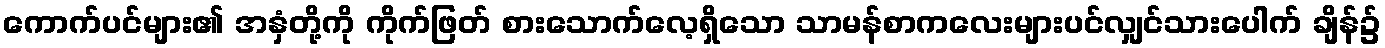
ကောက်ပင်များ၏ အနှံတို့ကို ကိုက်ဖြတ် စားသောက်လေ့ရှိသော သာမန်စာကလေးများပင်လျှင်သားပေါက် ချိန်၌